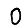
Digit: 0